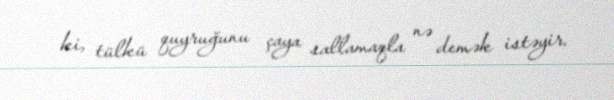
ki, tülkü quyruğunu çaya sallamaqla nə demək istəyir.